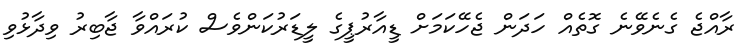
ރާއްޖެ ގެނެވޭނެ ގޮތެއް ހަދަން ޖެހޭކަމަށް ޑީއާރުޕީގެ ލީޑަރުކަންވެސް ކުރައްވާ ޖާބިރު ވިދާޅުވި